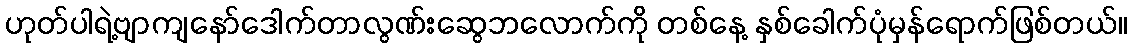
ဟုတ်ပါရဲ့ဗျာကျနော်ဒေါက်တာလွဏ်းဆွေဘလောက်ကို တစ်နေ့ နှစ်ခေါက်ပုံမှန်ရောက်ဖြစ်တယ်။